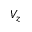
V _ { z }